Annual report on the working of the mental hospitals in the Madras Presidency - 1912-1932
Year: 1912
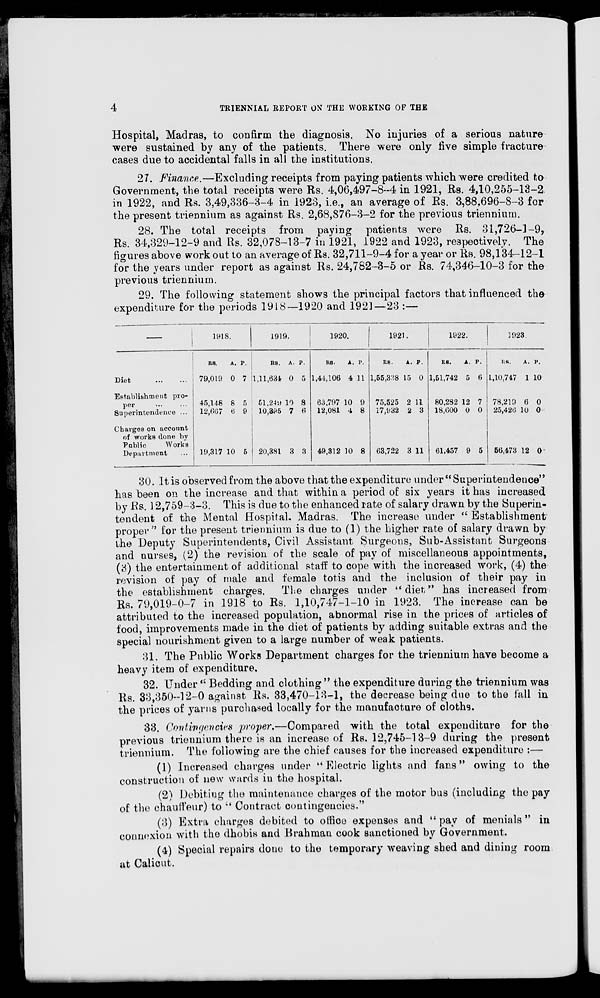
4
TRIENNIAL REPORT ON THE WORKING OF THE
Hospital, Madras, to confirm the diagnosis. No injuries of a serious nature
were sustained by any of the patients. There were only five simple fracture
cases due to accidental falls in all the institutions.
27. Finance.—Excluding receipts from paying patients which were credited to
Government, the total receipts were Rs. 4,06,497-8-4 in 1921, Rs. 4,10,255-13-2
in 1922, and Rs. 3,49,336-3-4 in 1923, i.e., an average of Rs. 3,88,696-8-3 for
the present triennium as against Rs. 2,68,876-3-2 for the previous triennium.
28. The total receipts from paying patients were Rs. 31,726-1-9,
Rs. 34,329-12-9 and Rs. 32,078-13-7 in 1921, 1922 and 1923, respectively. The
figures above work out to an average of Rs. 32,711-9-4 for a year or Rs. 98,134-12-1
for the years under report as against Rs. 24,782-3-5 or Rs. 74,346-10-3 for the
previous triennium.
29. The following statement shows the principal factors that influenced the
expenditure for the periods 1918—1920 and 1921—23 :—
—
Diet
...
...
Establishment pro-
per ... ...
Superintendence ...
Charges on account
of works done by
Public
Works
Department ...
1918.
RS.
79,019
45,148
12,667
19,317
A.
0
8
6
10
P.
7
5
9
5
1919.
RS.
1,11,634
51,249
10,395
20,381
A.
0
10
7
3
P.
5
8
6
3
1920.
RS.
1,44,106
63,797
12,081
49,312
A.
4
10
4
10
P.
11
9
8
8
1921.
RS.
1,55,338
75,525
17,932
63,722
A.
15
2
2
3
P.
0
11
3
11
1922.
RS.
1,51,742
80,282
18,600
61,457
A.
5
12
0
9
P.
6
7
0
5
1923.
RS.
1,10,747
78,219
25,426
56,473
A.
1
6
10
12
P.
10
0
0
0
30. It is observed from the above that the expenditure under " Superintendence"
has been on the increase and that within a period of six years it has increased
by Rs. 12,759-3-3. This is due to the enhanced rate of salary drawn by the Superin-
tendent of the Mental Hospital. Madras. The increase under " Establishment
proper " for the present triennium is due to (1) the higher rate of salary drawn by
the Deputy Superintendents, Civil Assistant Surgeons, Sub-Assistant Surgeons
and nurses, (2) the revision of the scale of pay of miscellaneous appointments,
(3) the entertainment of additional staff to cope with the increased work, (4) the
revision of pay of male and female totis and the inclusion of their pay in
the establishment charges. The charges under "diet" has increased from
Rs. 79,019-0-7 in 1918 to Rs. 1,10,747-1-10 in 1923. The increase can be
attributed to the increased population, abnormal rise in the prices of articles of
food, improvements made in the diet of patients by adding suitable extras and the
special nourishment given to a large number of weak patients.
31. The Public Works Department charges for the triennium have become a
heavy item of expenditure.
32. Under " Bedding and clothing " the expenditure during the triennium was
Rs. 33,350-12-0 against Rs. 33,470-13-1, the decrease being due to the fall in
the prices of yarns purchased locally for the manufacture of cloths.
33. Contingencies proper.—Compared with the total expenditure for the
previous triennium there is an increase of Rs. 12,745-13-9 during the present
triennium. The following are the chief causes for the increased expenditure :—
(1) Increased charges under "Electric lights and fans" owing to the
construction of new wards in the hospital.
(2) Debiting the maintenance charges of the motor bus (including the pay
of the chauffeur) to " Contract contingencies."
(3) Extra charges debited to office expenses and " pay of menials " in
connexion with the dhobis and Brahman cook sanctioned by Government.
(4) Special repairs done to the temporary weaving shed and dining room
at Calicut.